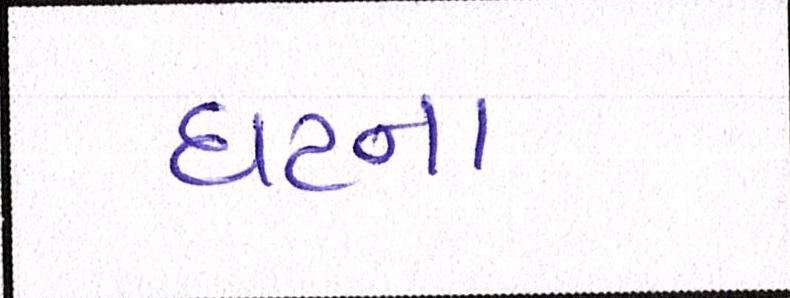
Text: ઘટના